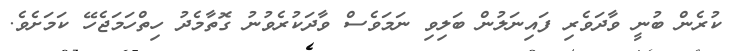
ކުރެން ބުނީ ވާދަވެރި ފައިނަލުން ބަލިވި ނަމަވެސް ވާދަކުރެވުނު ގޮތާމެދު ހިތްހަމަޖެހޭ ކަމަށެވެ.